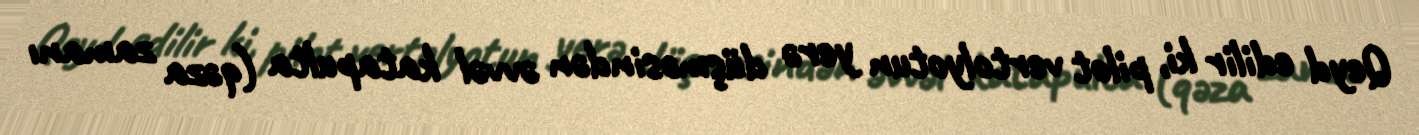
Qeyd edilir ki, pilot vertolyotun yerə düşməsindən əvvəl katapulta (qəza zamanı